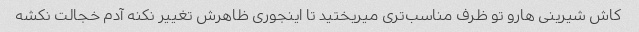
کاش شیرینی هارو تو ظرف مناسب‌تری میریختید تا اینجوری ظاهرش تغییر نکنه آدم خجالت نکشه